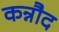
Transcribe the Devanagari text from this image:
कन्नौद